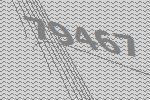
79467